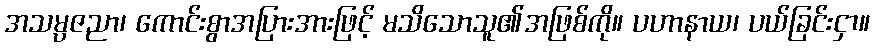
အသမ္ပဇညာ၊ ကောင်းစွာအပြားအားဖြင့် မသိသောသူ၏အဖြစ်ကို။ ပဟာနာယ၊ ပယ်ခြင်းငှာ။